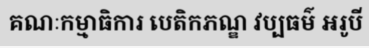
គណៈកម្មាធិការ បេតិកភណ្ឌ វប្បធម៌ អរូបី